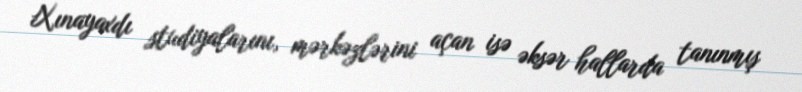
Xınayaxdı studiyalarını, mərkəzlərini açan isə əksər hallarda tanınmış